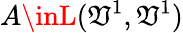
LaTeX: A\inL(\mathfrak{V}^{1},\mathfrak{V}^{1})